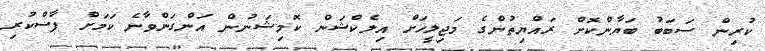
ކުރިން ސަބަބު ބަޔާންކޮށް ރައްޔިތުންގެ މަޖިލީހަށް އިލެކްޝަން ކޮމިޝަނުން އަންގަންވާނެ ކަމަށް ފާސްކުރި